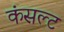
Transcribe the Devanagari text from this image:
कंसल्ट